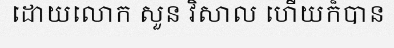
ដោយលោក សួន វិសាល ហើយក៏បាន